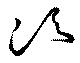
湏